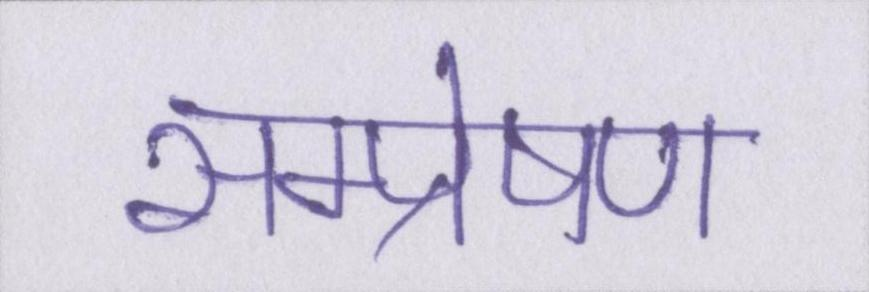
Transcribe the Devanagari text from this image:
सम्प्रेषण